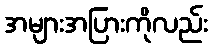
အများအပြားကိုလည်း